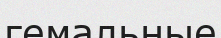
гемальные